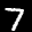
Label: 7